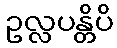
ဥလ္လပန္တိပိ